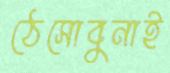
ঠেসোবুনাই